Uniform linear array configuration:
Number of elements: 64
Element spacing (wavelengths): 0.5
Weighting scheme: blackman
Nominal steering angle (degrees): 45
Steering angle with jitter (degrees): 43.621
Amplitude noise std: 0.05
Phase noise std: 0.05

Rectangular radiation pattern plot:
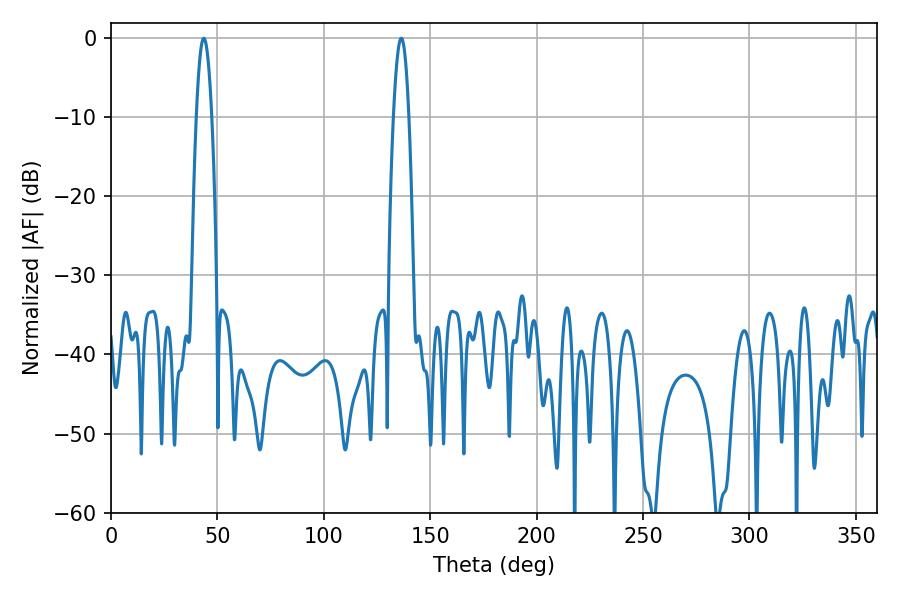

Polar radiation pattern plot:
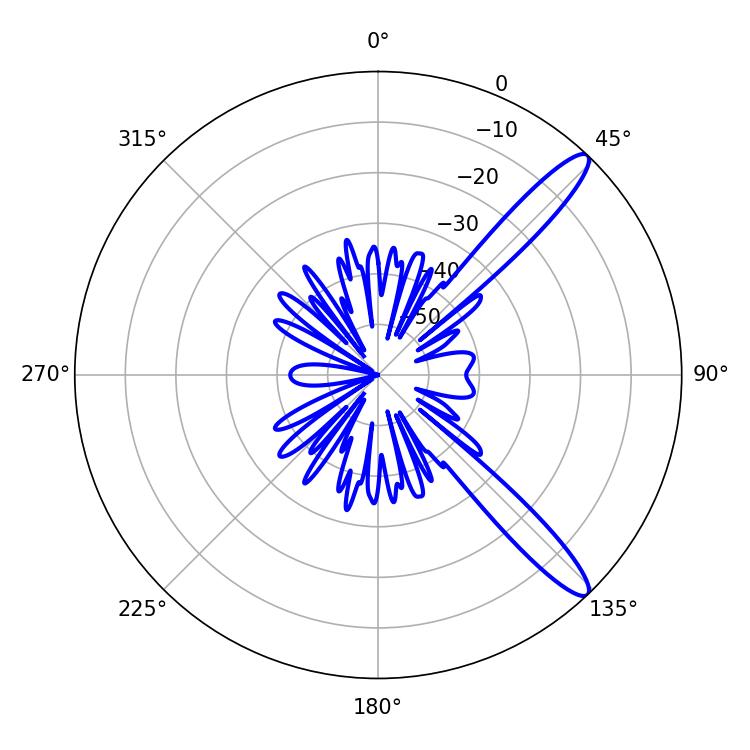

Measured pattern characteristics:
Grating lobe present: FALSE
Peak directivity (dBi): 12.829
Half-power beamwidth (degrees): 3.96
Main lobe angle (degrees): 43.56